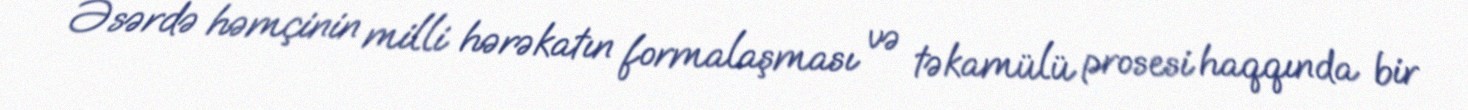
Əsərdə həmçinin milli hərəkatın formalaşması və təkamülü prosesi haqqında bir